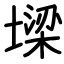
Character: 墚